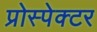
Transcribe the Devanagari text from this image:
प्रोस्पेक्टर